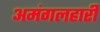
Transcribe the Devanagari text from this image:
अमंगलहारी